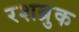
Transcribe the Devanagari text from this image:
रशब्रुक